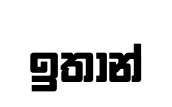
ඉතාන්